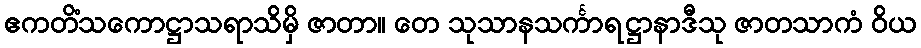
ဧကတိံသကောဋ္ဌာသရာသိမှိ ဇာတာ။ တေ သုသာနသင်္ကာရဋ္ဌာနာဒီသု ဇာတသာကံ ဝိယ